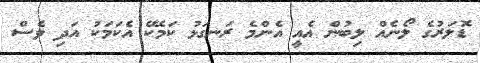
ޑޮލަރުގެ ލޯނެއް ލިބުން އެއީ އެންމެ ރަނގަޅު ކަމެކޭ އެކަމަކު އަދި ވެސް